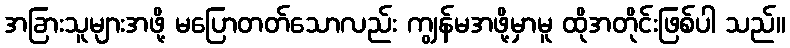
အခြားသူများအဖို့ မပြောတတ်သောလည်း ကျွန်မအဖို့မှာမူ ထိုအတိုင်းဖြစ်ပါ သည်။